Bombay plague: being a history of the progress of plague in the Bombay presidency from September 1896 to June 1899
Year: 1896
Disease focus: Plague
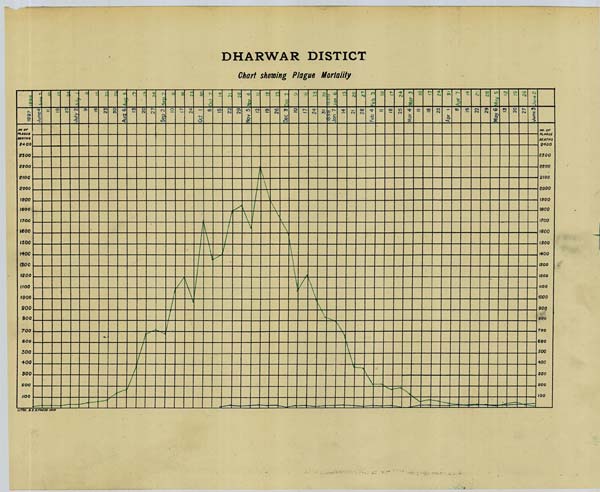
DHARWAR DISTICT
Chart showing Plague Mortality